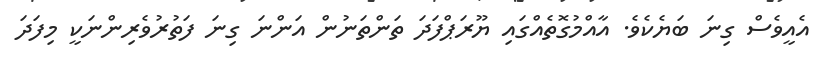
އެއީވެސް ގިނަ ބަޔެކެވެ. އާއްމުގޮތެއްގައި ޔޫރަޕްފަދަ ތަންތަނުން އަންނަ ގިނަ ފަތުރުވެރިންނަކީ މިފަދަ